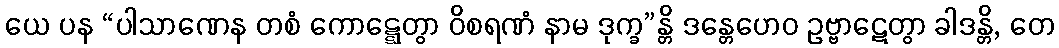
ယေ ပန “ပါသာဏေန တစံ ကောဋ္ဋေတွာ ဝိစရဏံ နာမ ဒုက္ခ”န္တိ ဒန္တေဟေဝ ဥဗ္ဗာဋေတွာ ခါဒန္တိ, တေ